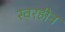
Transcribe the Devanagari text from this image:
स्वरहीन